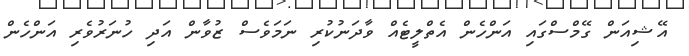
އޭޝިއަން ގޭމްސްގައި އަންހެން އެތްލީޓެއް ވާދަނުކުރި ނަމަވެސް ޒުވާން އަދި ހުނަރުވެރި އަންހެން